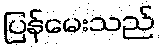
ပြန်မေးသည်